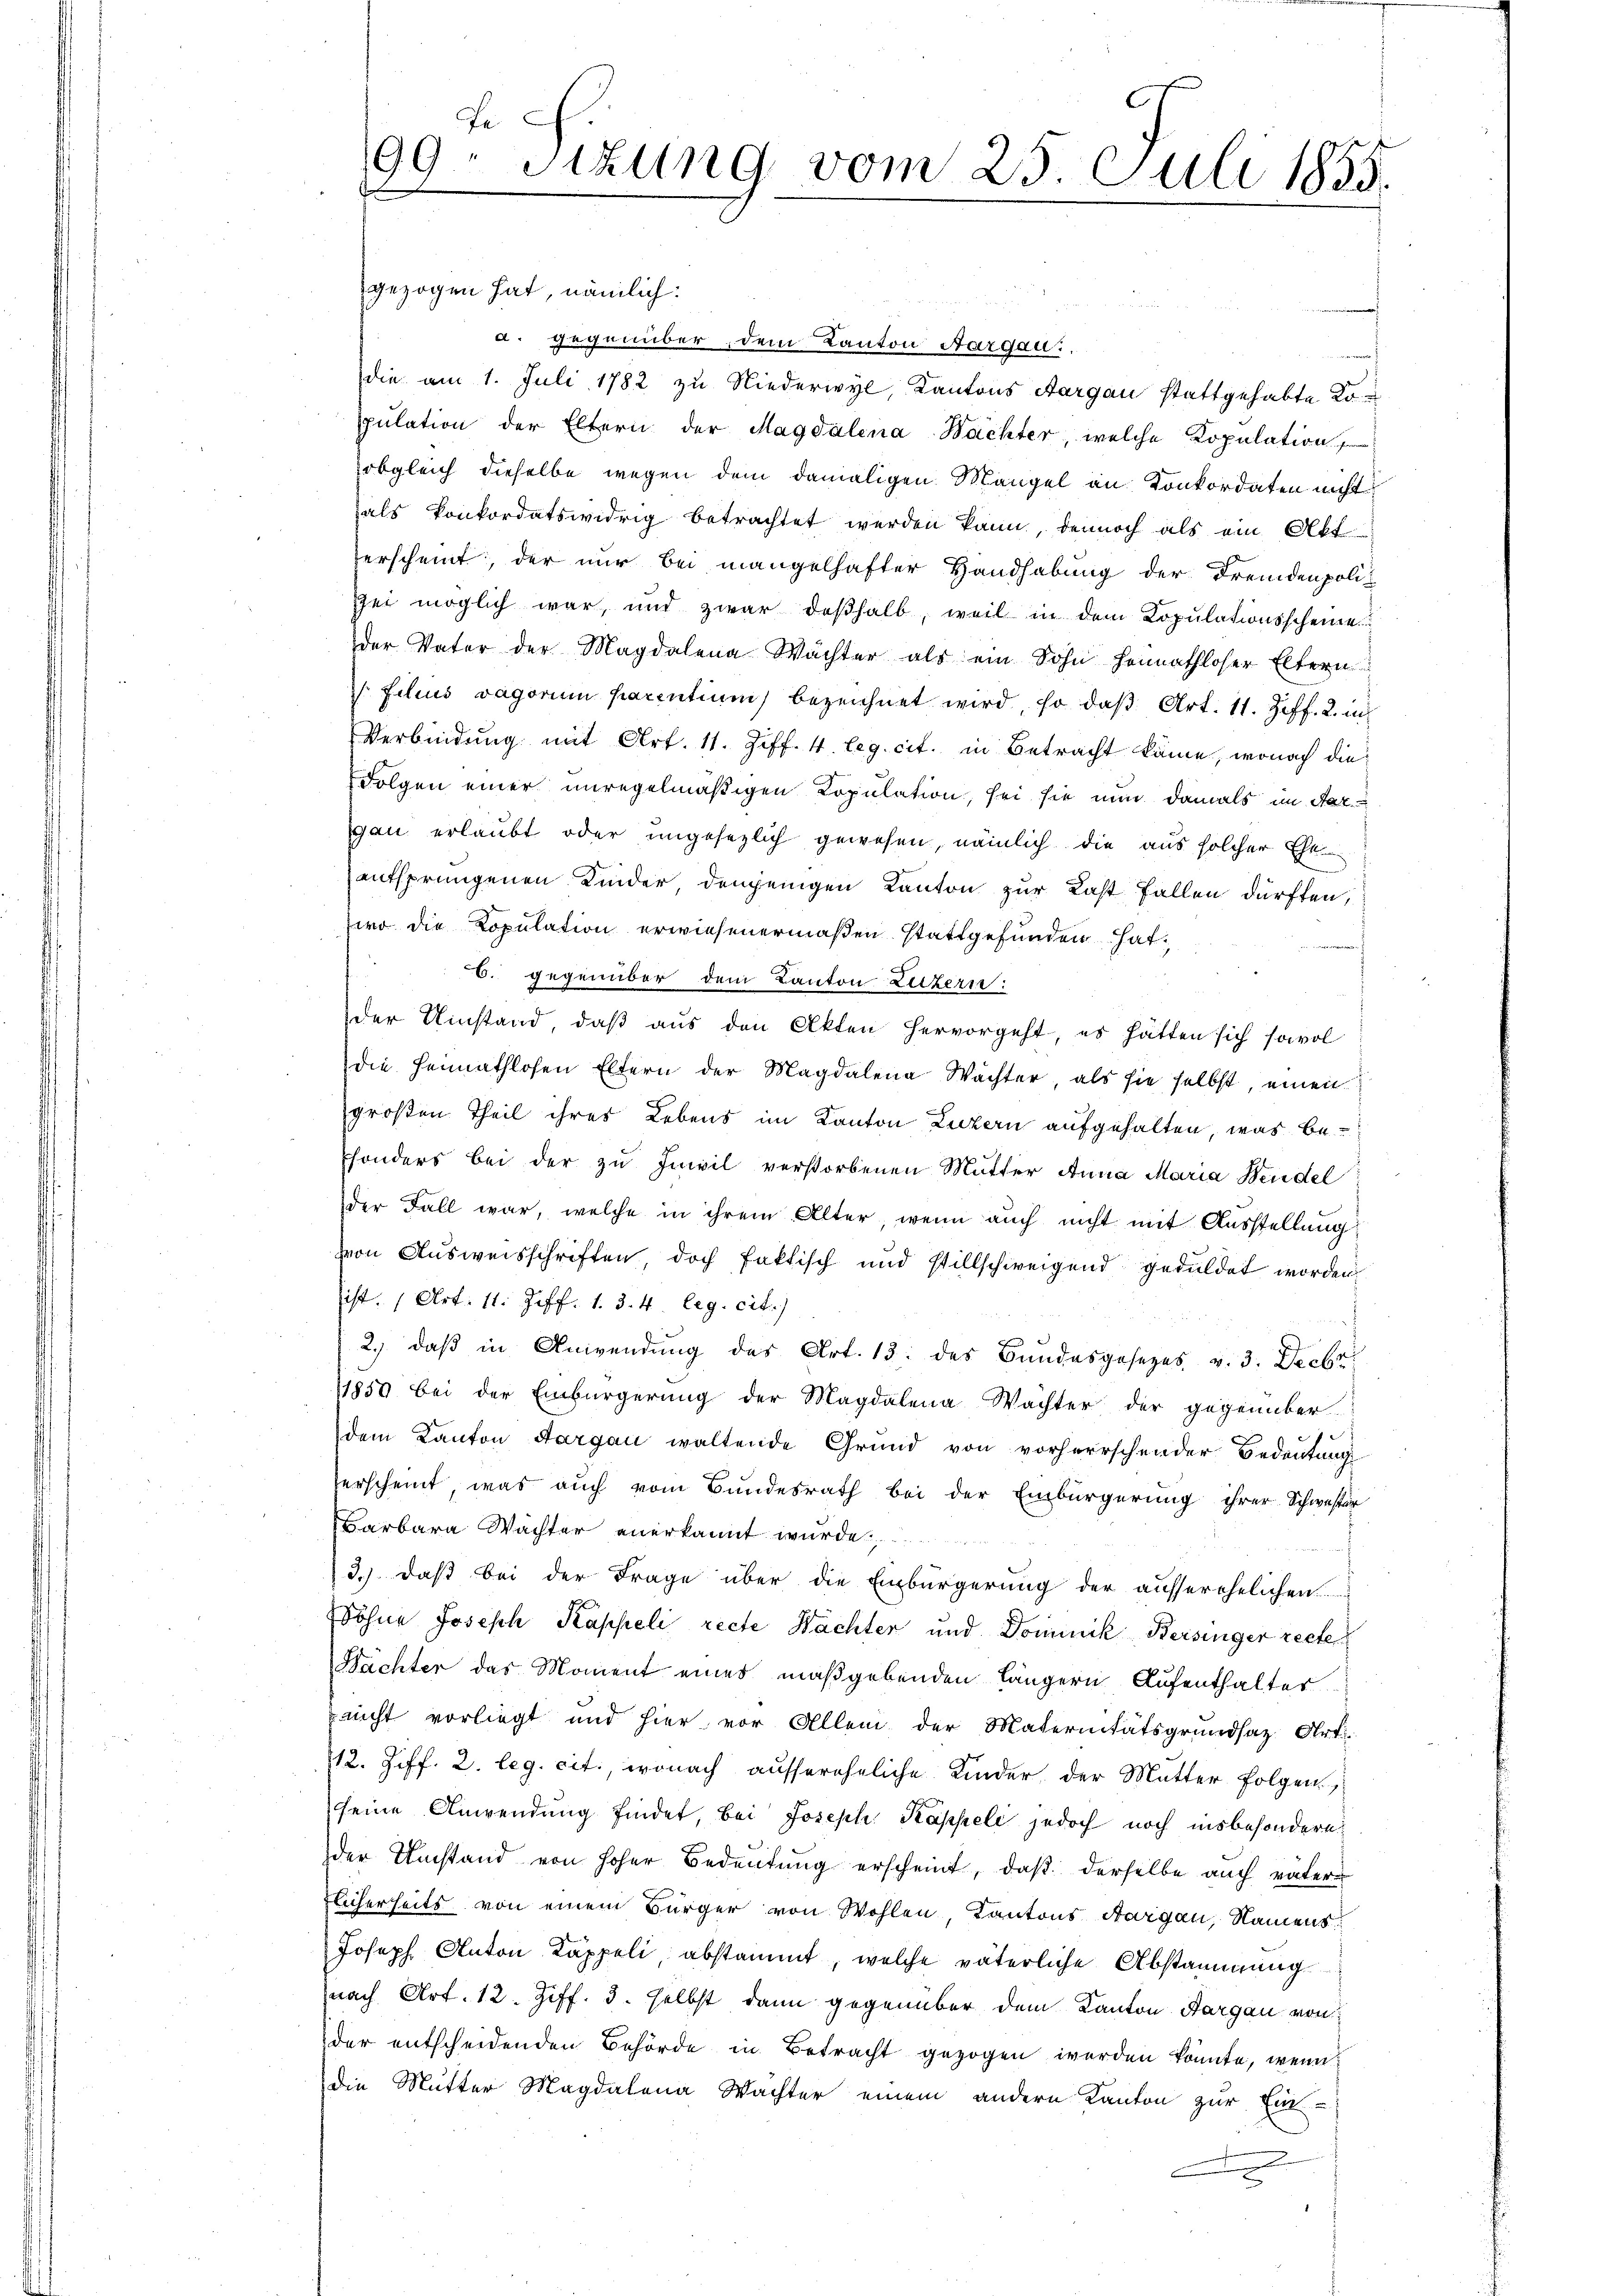
Fe
99. Sizung vom 25. Juli 1835.

gezogen hat, nämlich:
n
d. gegenüber, dem Kanton Aargau.
die am 1. Juli 1782 zu Niederwyl, Kantons Aargau stattgehabte Kopŭlation der Eltern der Magdalena Bachter, welche Kopulation
obgleich dieselbe wegen dem damaligen Mangel an Konkordaten nicht
als Konkordatswidrig betrachtet werden kann, dennoch als ein Akt
erscheint, der nur bei mangelhafter Handhabung der Fremdenpolizei möglich war, und zwar deßhalb, weil in dem Kopulationsscheine
der Vater der Magdalena Wächter als ein Sohn hennathloser Eltern
 filius vagorum parentium bezeichnet wird, so daß Art. 11. Ziff. 2. in
Verbindung mit Art. 11. Ziff. 4. leg. cit. in Betracht käme, wonach die
Folgen einer unregelmäßigen Kopulation, sei sie nun damals im Aar
gau erlaubt oder ungesezlich gewesen, nämlich die aus solcher Ehe-
entsprungenen Kinder demjenigen Kanton zur Last fallen dürften,
wo die Kopulation erwiesenermaßen stattgefunden hat,
.
C. gegenüber dem Kanton Luzern:
der Umstand, daß aus den Akten hervorgeht, es hätten sich sowol
die Heimathlosen Eltern der Magdalena Wächter, als sie selbst, einen
großen Theil ihres Lebens im Kanton Luzern aufgehalten, was be¬
Esonders bei der zu Inwil verstorbenen Mutter Anna Maria Wendel
der Fall war, welche in ihrem Alter, wenn auch nicht mit Ausstellung
hvon Ausweisschriften, doch faktisch und stillschweigend geduldet worden
ist. (Art. 11. Ziff. 1. 3. 4. leg. cit.)
2.) daß in Anwendung des Art. 13. des Bundesgesezes v. 3. Decbr.
1859 bei der Einbürgerung der Magdalena Wachter der gegenüber-
dem Kanton Aargau waltende Grund von vorherrschender Bedeutung
terscheint, was auch vom Bundesrath bei der Einbürgerung ihrer Schwester
Barbara Wächter anerkannt wurde
J
3.) daß bei der Frage über die Einbürgerung der ausserehelichen
Söhne Joseph Kappeli recte Nachter und Dominik Bersinger recte
Nächter das Moment eines maßgebenden längern Aufenthalter
nicht vorliegt und hier, vor Allem der Maternitätsgrundsaz Art.
12. Ziff. 2. leg. cit., wonach aussereheliche Kinder, der Mutter folgen
seine Anwendung findet, bei Joseph Kappeli jedoch noch insbesondere
der Umstand von hoher Bedeutung erscheint, daß derselbe auch väterflicherheits von einem Bürger von Wohlen, Kantons Aargau, Namens
Joseph Anton Kappeli, abstammt, welche väterliche Abstammung
nach Art. 12. Ziff. 3. selbst dann gegenüber dem Kanton Aargau von
der entscheidenden Behörde in Betracht gezogen werden könnte, wenn
die Mutter Magdalena Wächter einem andern Kanton zur Ein-
e